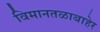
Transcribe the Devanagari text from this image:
विमानतळाबाहेर